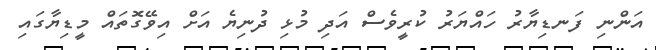
އަންނި ފަނޑިޔާރު ހައްޔަރު ކުރީވެސް އަދި މުޅި ދުނިޔެ އަށް އިވޭގޮތައް މީޑިޔާގައި